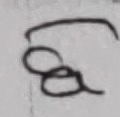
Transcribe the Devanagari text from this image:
ध